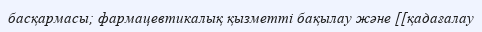
басқармасы; фармацевтикалық қызметті бақылау және [[қадағалау